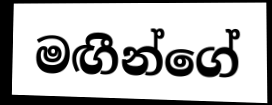
මඟීන්ගේ